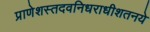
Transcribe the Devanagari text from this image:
प्राणेशस्तदवनिधराधीशतनये